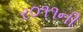
ર૦૧૧ની